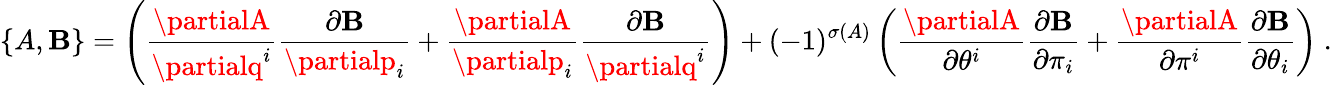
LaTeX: \left\{ A,\mathbf{B}\right\} =\left(\frac{{\partialA}}{{\partialq^{i}}}\frac{{\partial\mathbf{B}}}{{\partialp_{i}}}+\frac{{\partialA}}{{\partialp_{i}}}\frac{{\partial\mathbf{B}}}{{\partialq^{i}}}\right)+(-1)^{\sigma(A)}\left(\frac{{\partialA}}{{\partial\theta^{i}}}\frac{{\partial\mathbf{B}}}{{\partial\pi_{i}}}+\frac{{\partialA}}{{\partial\pi^{i}}}\frac{{\partial\mathbf{B}}}{{\partial\theta_{i}}}\right)\ .